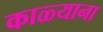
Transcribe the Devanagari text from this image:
काळ्याना